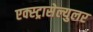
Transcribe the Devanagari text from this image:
एक्स्ट्रासेल्युलर